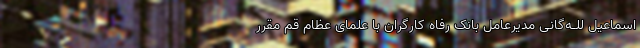
اسماعیل للـه‌گانی مدیرعامل بانک رفاه کارگران با علمای عظام قم مقرر